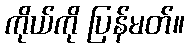
ကိုယ်ကို ပြန်မတ်။